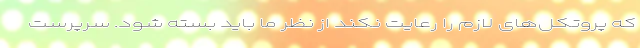
که پروتکل‌های لازم را رعایت نکند از نظر ما باید بسته شود. سرپرست